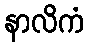
နာလိကံ